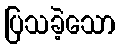
ပြသခဲ့သော